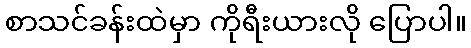
စာသင်ခန်းထဲမှာ ကိုရီးယားလို ပြောပါ။